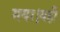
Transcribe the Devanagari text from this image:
गया।यहीं